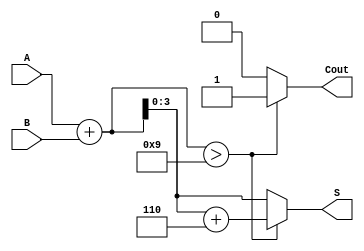
module BCD_Redundant_Binary_Adder (
    input [3:0] A,      // BCD Input A
    input [3:0] B,      // BCD Input B
    output reg [3:0] S, // BCD Output Sum
    output reg Cout      // Carry Out
);

    wire [4:0] sum;     // Intermediate sum (5 bits to accommodate carry)
    wire correction;     // Correction flag

    // Step 1: Perform addition of the two BCD inputs
    assign sum = A + B;

    // Step 2: Determine if correction is needed
    assign correction = sum > 9; // Check if sum exceeds BCD range

    // Step 3: Correct the sum if necessary
    always @(*) begin
        if (correction) begin
            S = sum + 6; // Apply correction (add 6)
            Cout = 1;    // Set carry out
        end else begin
            S = sum[3:0]; // No correction needed, take lower 4 bits
            Cout = 0;     // No carry out
        end
    end

endmodule